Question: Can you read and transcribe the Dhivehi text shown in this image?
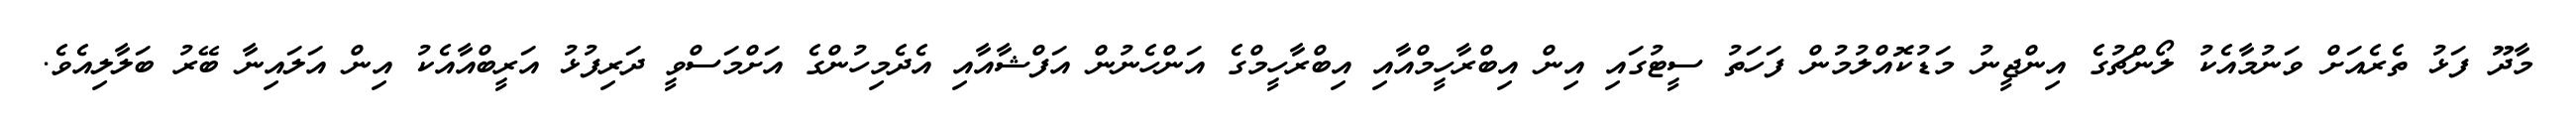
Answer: މާދޫ ފަޅު ތެރެއަށް ވަނުމާއެކު ލޯންޗުގެ އިންޖީނު މަޑުކޮއްލުމުން ފަހަތު ސީޓުގައި އިން އިބްރާހީމްއާއި އިބްރާހީމްގެ އަންހެނުން އަފްޝާއާއި އެދެމިހުންގެ އަށްމަސްވީ ދަރިފުޅު އަރީބްއާއެކު އިން އަލައިނާ ބޭރު ބަލާލިއެވެ.